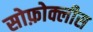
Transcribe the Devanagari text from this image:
सोफ़ोक्लीस